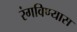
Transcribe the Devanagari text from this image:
रंगविण्यास